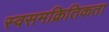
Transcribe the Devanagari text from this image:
स्वसमक्रितिकता